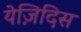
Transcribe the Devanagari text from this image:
येज़िदिस